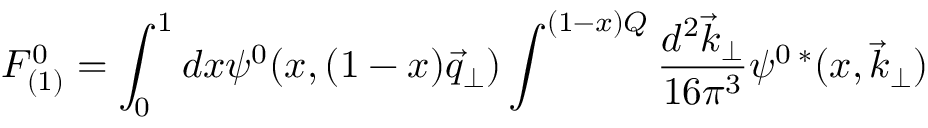
F _ { ( 1 ) } ^ { 0 } = \int _ { 0 } ^ { 1 } d x \psi ^ { 0 } ( x , ( 1 - x ) \vec { q } _ { \perp } ) \int ^ { ( 1 - x ) Q } \frac { d ^ { 2 } \vec { k } _ { \perp } } { 1 6 \pi ^ { 3 } } \psi ^ { 0 \; * } ( x , \vec { k } _ { \perp } )